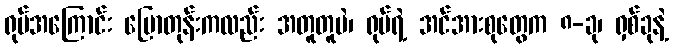
ရုပ်အကြောင်း ပြောတုန်းကလည်း အတူတူပဲ၊ ရုပ်ရဲ့ အင်အားစုတွေက ၈-ခု၊ ရှစ်ခုနဲ့